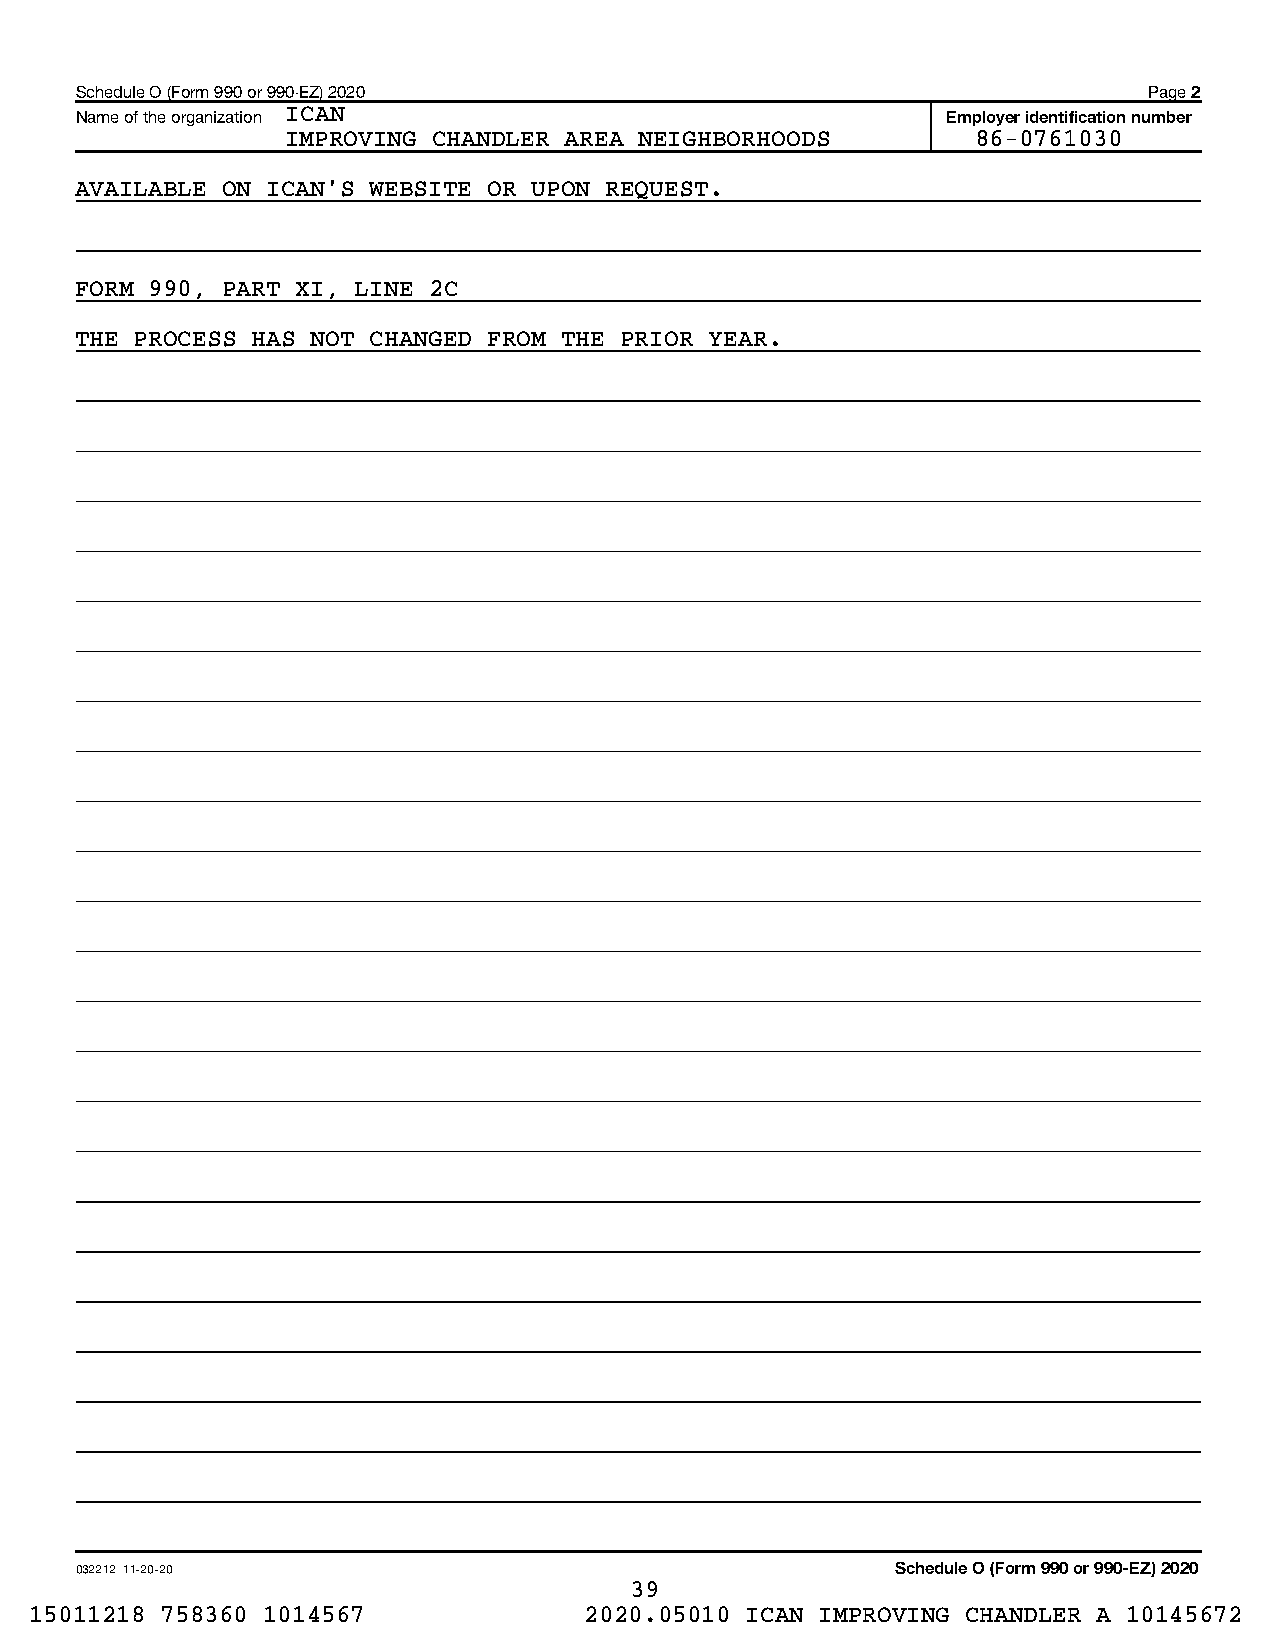
Schedule O (Form 990 or 990-EZ) 2020                                   Page 2
 Name of the organization ICAN                             Employer identification number
 IMPROVING CHANDLER AREA NEIGHBORHOODS         86-0761030
 AVAILABLE ON ICAN'S WEBSITE OR UPON REQUEST.
 FORM 990, PART XI, LINE 2C
 THE PROCESS HAS NOT CHANGED FROM THE PRIOR YEAR.
 032212 11-20-20                                       Schedule O (Form 990 or 990-EZ) 2020
 39
 15011218 758360 1014567              2020.05010 ICAN IMPROVING CHANDLER A 10145672